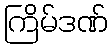
ကြိမ်ဒဏ်